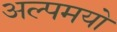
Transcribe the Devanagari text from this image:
अल्पमयो